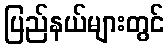
ပြည်နယ်များတွင်